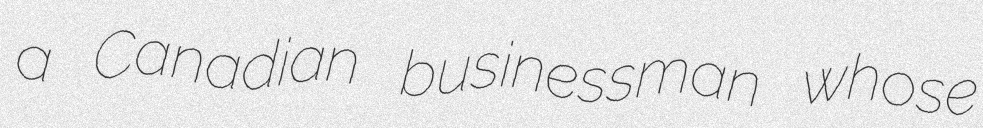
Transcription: a Canadian businessman whose